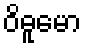
ဝိဓူမော